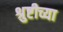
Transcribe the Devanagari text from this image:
श्रुष्टीच्या